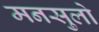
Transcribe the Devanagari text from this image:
मनसुलो